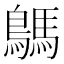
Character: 鷌